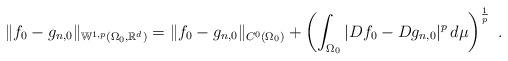
LaTeX: \begin{align*}\| f_{0}-g_{n,0} \|_{\mathbb{W}^{1,p}(\Omega_0,\mathbb{R}^d)}&=\|f_{0}-g_{n,0}\|_{C^0(\Omega_0)}+\left(\int_{\Omega_0}|Df_{0}-Dg_{n,0}|^p\,d\mu\right)^{\frac{1}{p}} \ .\end{align*}